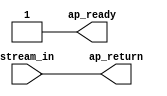
// ==============================================================
// RTL generated by Vitis HLS - High-Level Synthesis from C, C++ and OpenCL v2022.2 (64-bit)
// Version: 2022.2
// Copyright (C) Copyright 1986-2022 Xilinx, Inc. All Rights Reserved.
//
// ===========================================================

`timescale 1 ns / 1 ps

module SEIDEL2D_HLS_REG_ap_uint_512_s (
        ap_ready,
        stream_in,
        ap_return
);


output   ap_ready;
input  [511:0] stream_in;
output  [511:0] ap_return;

assign ap_ready = 1'b1;

assign ap_return = stream_in;

endmodule //SEIDEL2D_HLS_REG_ap_uint_512_s